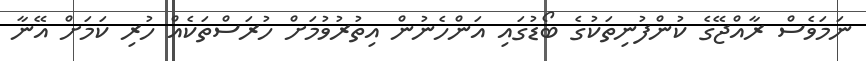
ނަމަވެސް ރާއްޖޭގެ ކުންފުނިތަކުގެ ބޯޑުގައި އަންހެނުން އިތުރުވުމަށް ހުރަސްތަކެއް ހުރި ކަަމަށް އޭނާ